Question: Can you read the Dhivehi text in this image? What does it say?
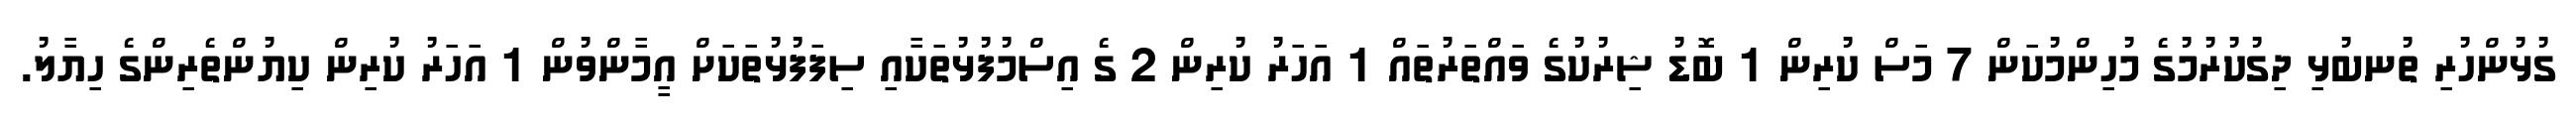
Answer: ގުޅުންހުރި ތުނބުޅި ދިގުކުރުމުގެ މުހިންމުކަން 7 މަސް ކުރިން 1 ބޮޑު ޝިރުކުގެ ވައްތަރުތައް 1 އަހަރު ކުރިން 2 ގެ އިސްމުފުޅުތަކާއި ސިފަފުޅުތަކަށް އީމާންވުން 1 އަހަރު ކުރިން ކިޔުންތެރިންގެ ހިޔާލު.